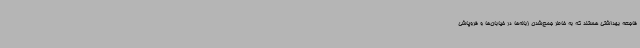
فاجعه بهداشتی هستند که به خاطر جمع‌شدن زباله‌ها در خیابان‌ها و فروپاشی